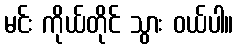
မင်း ကိုယ်တိုင် သွား ဝယ်ပါ။